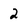
Character: 2